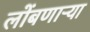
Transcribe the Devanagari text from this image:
लोंबणाऱ्या